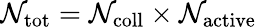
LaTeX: \mathcal{N}_{\mathrm{{tot}}}=\mathcal{N}_{\mathrm{{coll}}}\times\mathcal{N}_{\mathrm{{active}}}